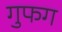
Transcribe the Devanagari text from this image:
गुफग